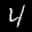
Label: 4